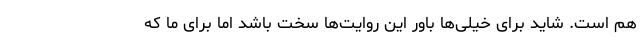
هم است. شاید برای خیلی‌ها باور این روایت‌ها سخت باشد اما برای ما که